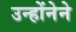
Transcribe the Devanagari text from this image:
उन्होंनेने